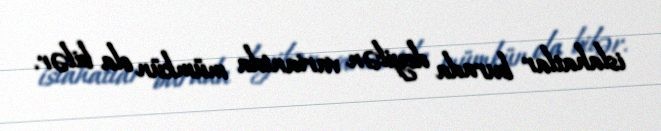
islahatlar burada deyilən variantda mümkün ola bilər.